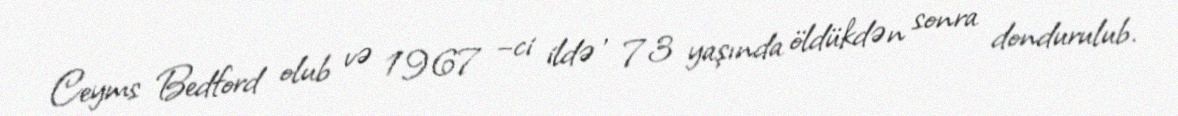
Ceyms Bedford olub və 1967 –ci ildə , 73 yaşında öldükdən sonra dondurulub.